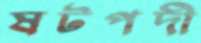
ষটপদী